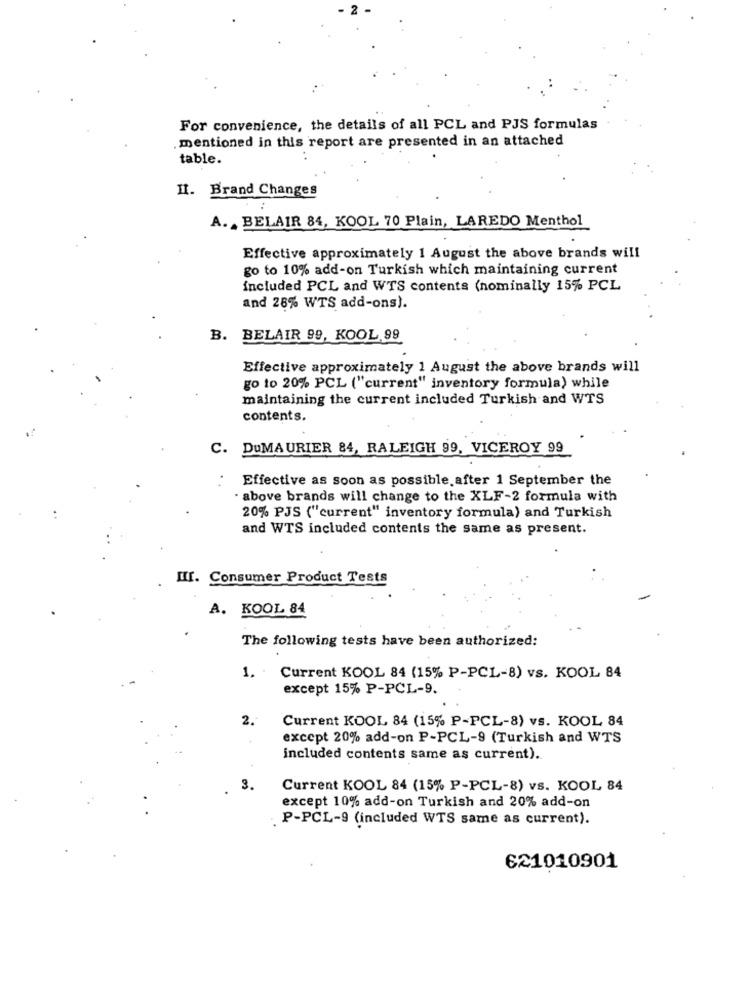
For convenience, the details of all PCL and PJS formulas
. mentioned in this report are presented in an attached
table.
II. Brand Changes
A. . BELAIR 84, KOOL 70 Plain, LAREDO Menthol
Effective approximately 1 August the above brands will
go to 10% add-on Turkish which maintaining current
included PCL and WTS contents (nominally 15% PCL
and 28% WTS add-ons).
B. BELAIR 99, KOOL,99
Effective approximately 1 August the above brands will
go to 20% PCL ("current" inventory formula) while
maintaining the current included Turkish and WTS
contents.
C. DuMAURIER 84, RALEIGH 99, VICEROY 99
Effective as soon as possible.after 1 September the
- above brands will change to the XLF-2 formula with
20% PJS ("current" inventory formula) and Turkish
and WTS included contents the same as present.
III. Consumer Product Tests
A. KOOL 84
The following tests have been authorized:
1. .
Current KOOL 84 (15% P-PCL-8) vs. KOOL 84
except 15% P-PCL-9.
2 .-
Current KOOL 84 (15% P-PCL-8) vs. KOOL 84
except 20% add-on P-PCL-9 (Turkish and WTS
included contents same as current).
3.
Current KOOL 84 (15% P-PCL-8) vs. KOOL 84
except 10% add-on Turkish and 20% add-on
. P-PCL-9 (included WTS same as current).
621010901